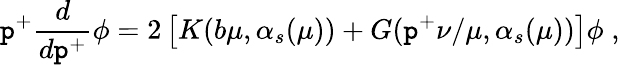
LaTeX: \mathtt{p}^{+}\frac{{d}}{{d\mathtt{p}^{+}}}\phi=2\left[K(b\mu,\alpha_{s}(\mu))+G(\mathtt{p}^{+}\nu/\mu,\alpha_{s}(\mu))\right]\phi\; ,